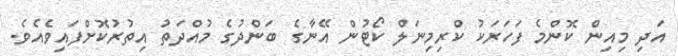
އަދި މިއިން ކޮންމެ ފަހަރަކު ކްރިމިނަލް ކޯޓުން އޭނާގެ ބަންދުގެ މުއްދަތު އިތުރުކޮށްފައިވެއެވެ.